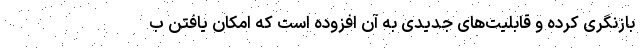
بازنگری کرده و قابلیت‌های جدیدی به آن افزوده است که امکان یافتن ب